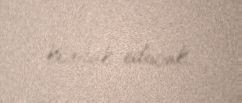
kömək edəcək.